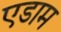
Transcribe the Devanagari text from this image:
एडाम